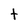
Character: t